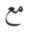
مع